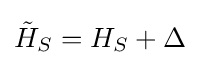
{\tilde {H}}_{S}=H_{S}+\Delta